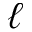
\ell